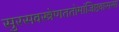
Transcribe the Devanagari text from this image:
सुरसवस्त्रेणततोमांजिष्ठवाससा